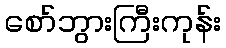
စော်ဘွားကြီးကုန်း